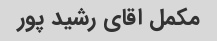
مکمل اقای رشید پور